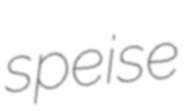
speise